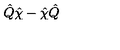
\hat { Q } \hat { \chi } - \hat { \chi } \hat { Q } \,